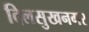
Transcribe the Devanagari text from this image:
दिलसुखनगर